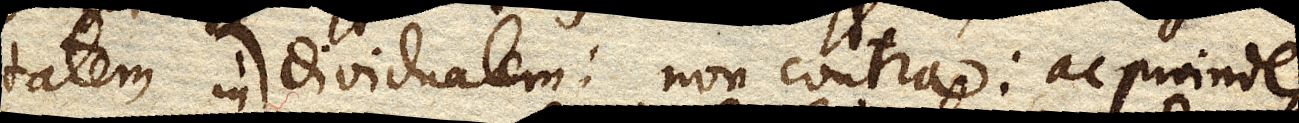
tatem individualem ; non contra: ac proinde